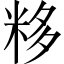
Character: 𥹠